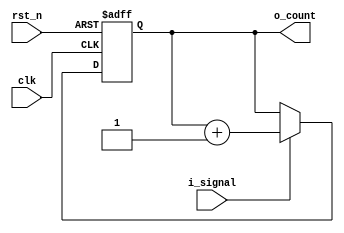
`default_nettype none

module counter #( parameter N_BIT = 12 )(
    input   wire                clk,
    input   wire                rst_n,
    input   wire                i_signal,
    output  reg [N_BIT-1:0]     o_count
);

always @(posedge clk or negedge rst_n) begin
    if(!rst_n) begin
        o_count <= 'd0;
    end else begin
        if(i_signal) o_count <= o_count + 1'b1;
    end
end

endmodule